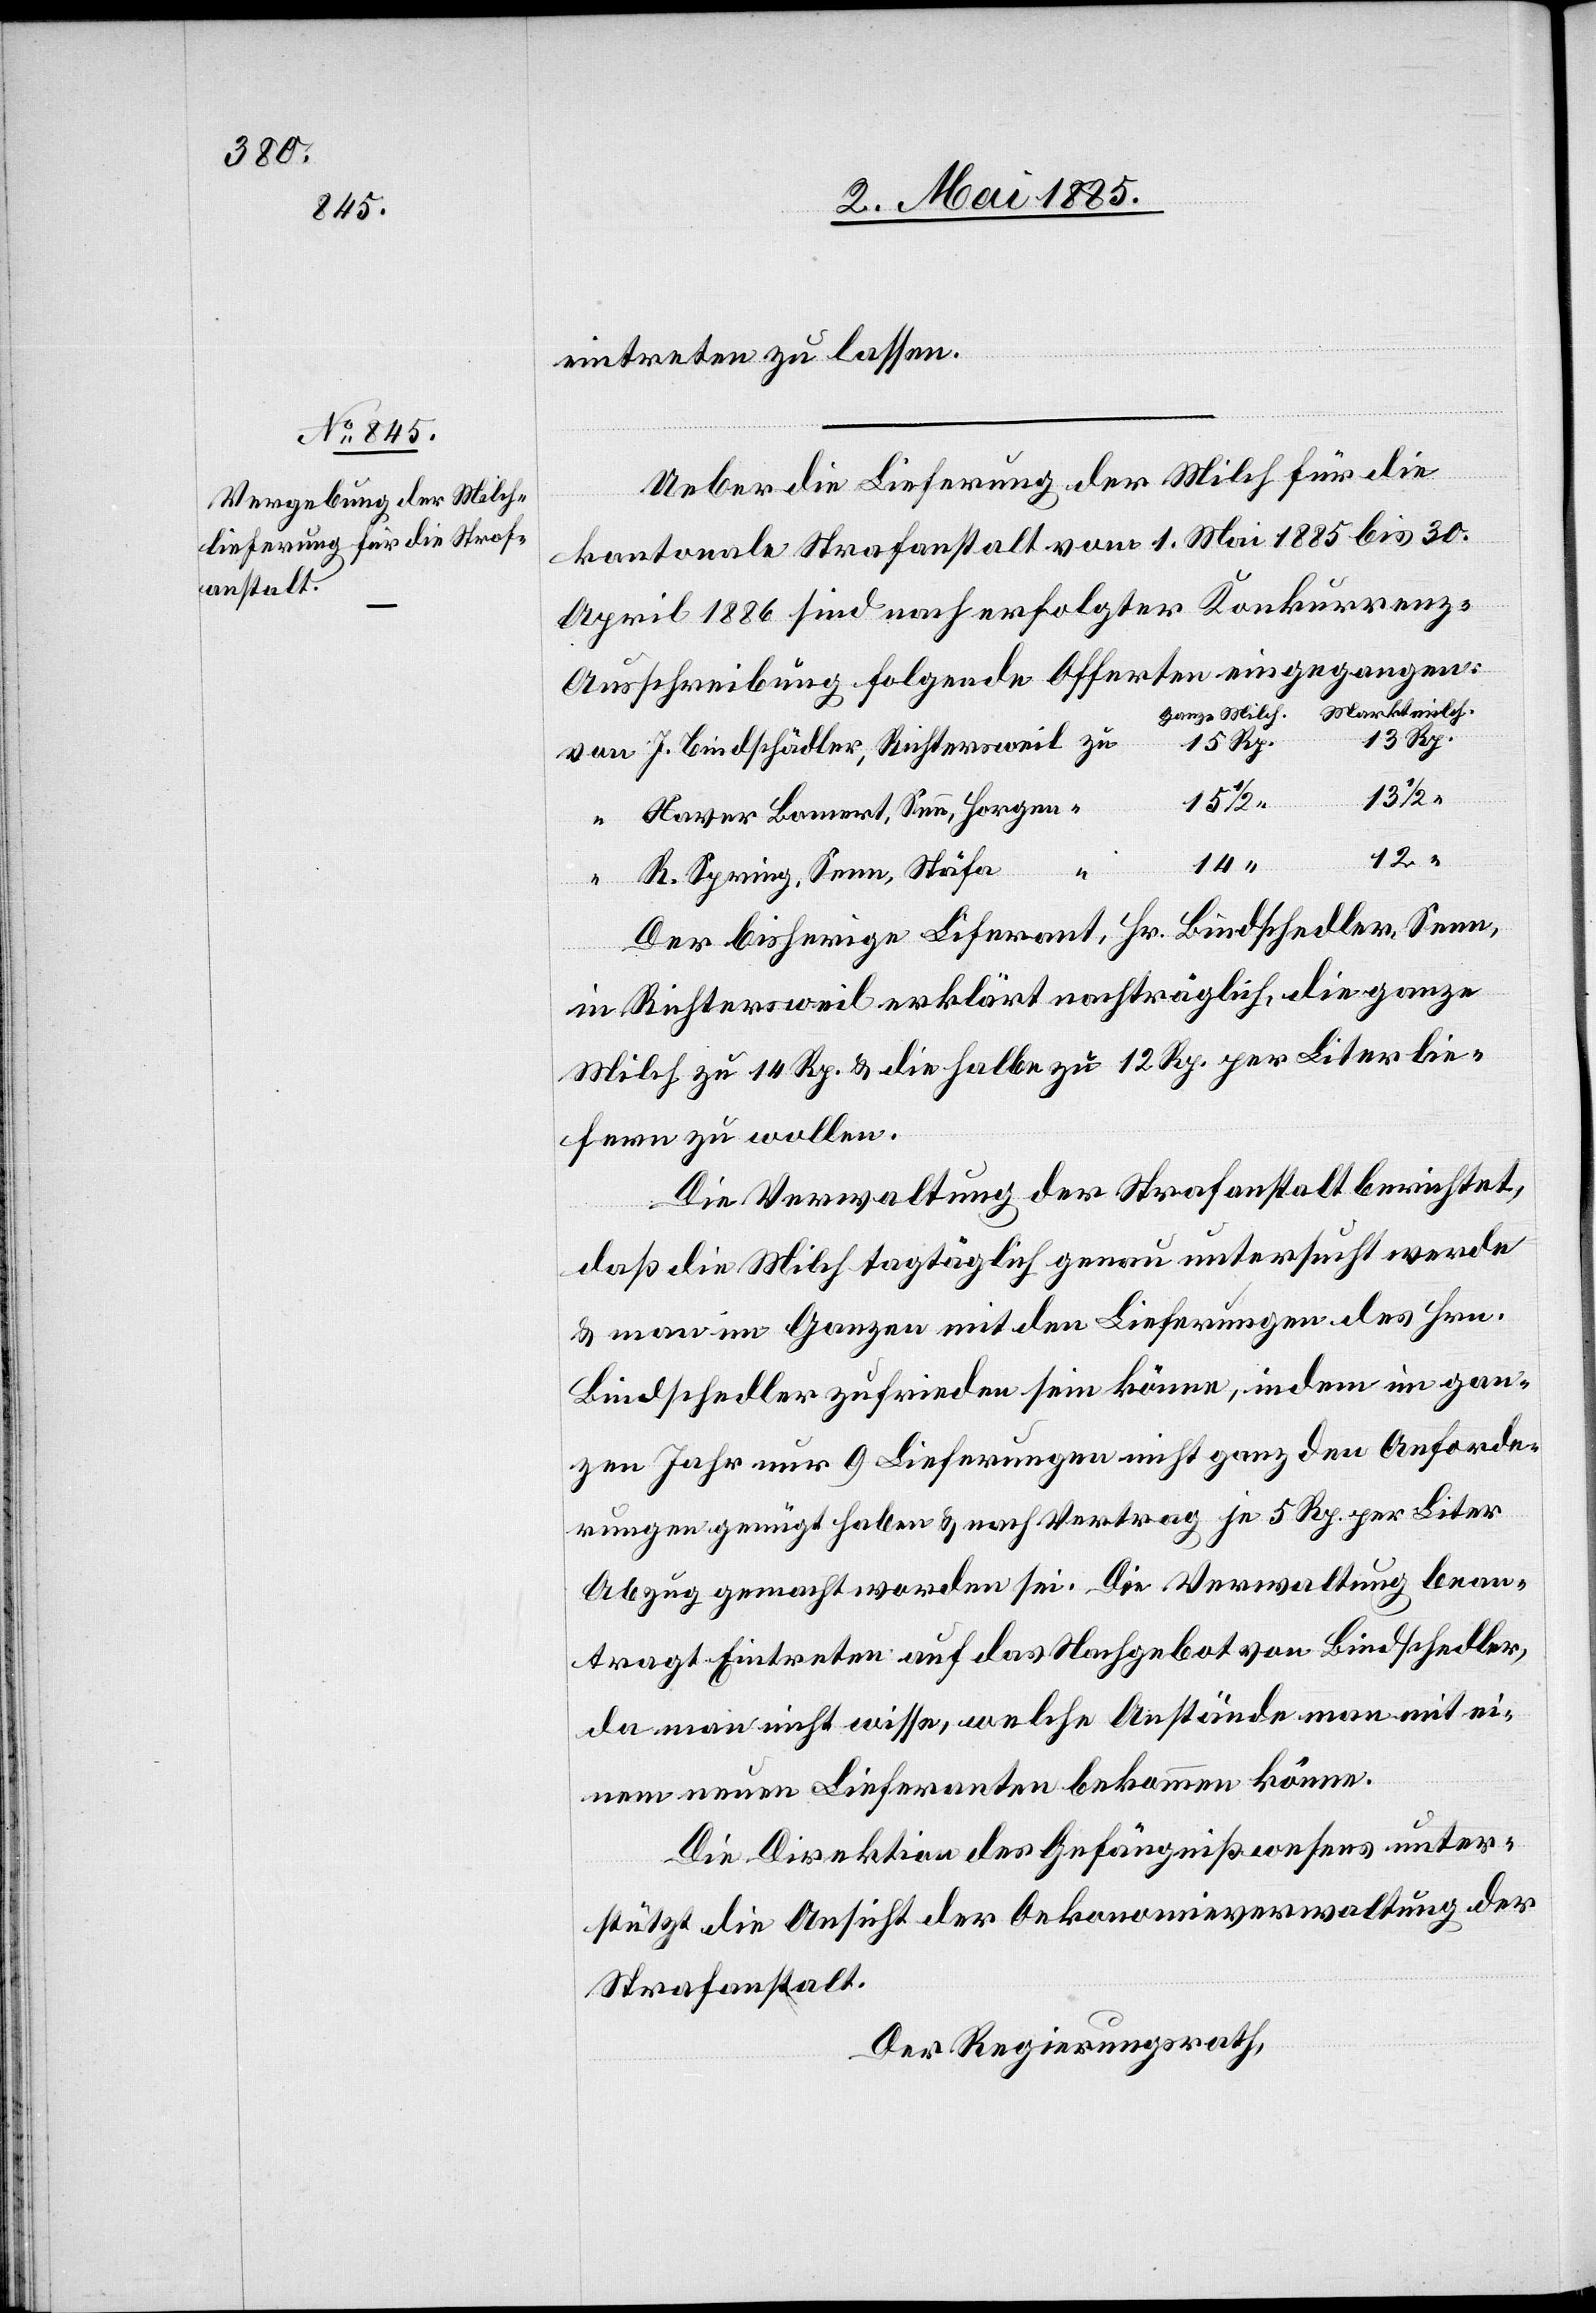
eintreten zu lassen.
Ueber die Lieferung der Milch für die
kantonale Strafanstalt vom 1. Mai 1885 bis 30.
April 1886 sind nach erfolgter Konkurrenz-A¬
usschreibung folgende Offerten eingegangen:
J. Bindschädler, Richtersweil
15
Xaver Bamert, See, Horgen
14
12
R. Spring, Seen, Stäfa
Der bisherige Lieferant, Hr. Bindschedler [sic!],
in Richtersweil erklärt nachträglich, die ganze
Milch zu 14 Rp. & die halbe zu 12 Rp. per Liter lie¬
fern zu wollen.
Die Verwaltung der Strafanstalt berichtet,
zu
daß die Milch tagtäglich genau untersucht werde
& man im Ganzen mit den Lieferungen des Hrn.
Bindschedler zufrieden sein könne, indem im gan¬
zen Jahr nur 9 Lieferungen nicht ganz den Anforde¬
rungen genügt haben & nach Vertrag je 5 Rp. per Liter
Abzug gemacht worden sei. Die Verwaltung bean¬
tragt Eintreten auf das Nachgebot von Bindschedler,
da man nicht wisse, welche Anstände man mit ei¬
nem neuen Lieferanten bekommen könne.
Die Direktion des Gefängnißwesens unter¬
stützt die Ansicht der Oekonomieverwaltung der
Strafanstalt.
Der Regierungsrath,